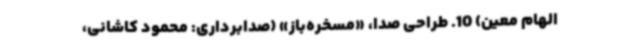
الهام معین) 10. طراحی صدا، «مسخره‌باز» (صدابرداری: محمود کاشانی،